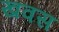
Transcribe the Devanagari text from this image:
खवस